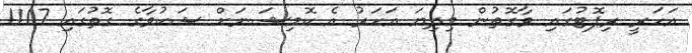
އަހަރީ ރިޕޮޓުގައި ވާގޮތުން މިދިޔަ އަހަރު އެ ކޮމިޝަނަށް ޝަކުވާގެ ގޮތުގައި 1107